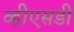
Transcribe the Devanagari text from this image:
व्हीएसडी